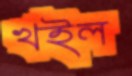
খইল